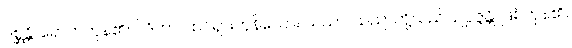
ဂစ္ဆန္တိ၊ ရောက်ကုန်၏။ ဝိဒိတာ၊ ထင်ရှားကုန်သော။ သညာ၊ သညာတို့သည်။ ဥပ္ပဇ္ဇန္တိ၊ ဖြစ်ကုန်၏။